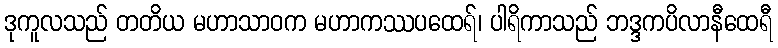
ဒုကူလသည် တတိယ မဟာသာဝက မဟာကဿပထေရ်၊ ပါရိကာသည် ဘဒ္ဒကပိလာနီထေရီ